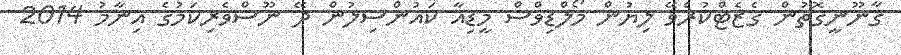
ޤާނޫނީގޮތުން ގެޒެޓްކުރެވޭ ލިޔުން މޯލްޑިވްސް މީޑިއާ ކައުންސިލުން ދޭ ނޫސްވެރިކަމުގެ އިނާމު 2014